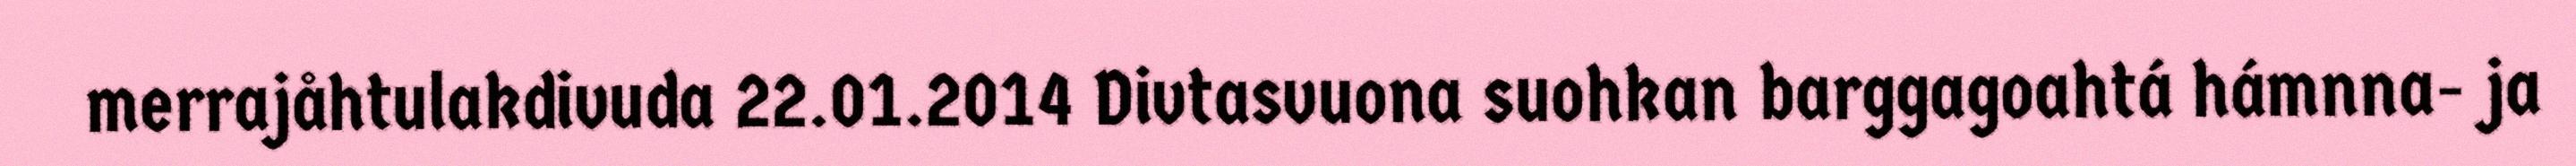
merrajåhtulakdivuda 22.01.2014 Divtasvuona suohkan barggagoahtá hámnna- ja